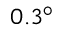
0 . 3 ^ { \circ }